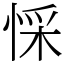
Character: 㥒